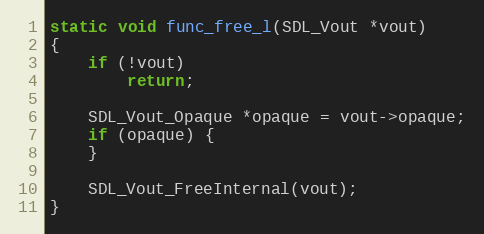
Language: C
static void func_free_l(SDL_Vout *vout)
{
    if (!vout)
        return;

    SDL_Vout_Opaque *opaque = vout->opaque;
    if (opaque) {
    }

    SDL_Vout_FreeInternal(vout);
}